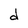
Character: d